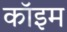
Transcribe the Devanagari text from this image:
कॉइम